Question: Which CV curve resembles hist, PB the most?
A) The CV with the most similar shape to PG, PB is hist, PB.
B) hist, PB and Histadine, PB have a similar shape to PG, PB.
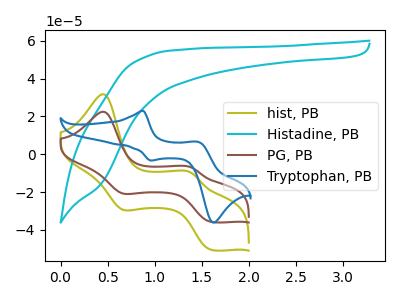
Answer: <think>The olive curve "hist, PB" has anodic peaks at (0.45V, 31.75uA) (1.40V, -9.75uA) and cathodic peaks at (0.65V, -29.20uA) (1.60V, -50.55uA). The cyan curve "Histadine, PB" has no peaks. The brown curve "PG, PB" has anodic peaks at (0.45V, 22.50uA) (1.40V, -6.90uA) and cathodic peaks at (0.65V, -20.65uA) (1.60V, -35.80uA). The blue curve "Tryptophan, PB" has anodic peaks at (0.90V, 22.95uA) (1.45V, 6.50uA) and cathodic peaks at (0.95V, -3.30uA) (1.65V, -36.10uA).
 "hist, PB" and "Histadine, PB" have a different number of peaks. All the peaks in "hist, PB" have a peak in "PG, PB" at the same potential. "hist, PB" and "Tryptophan, PB" have at least one peak that do not match. "Histadine, PB" and "PG, PB" have a different number of peaks. "Histadine, PB" and "Tryptophan, PB" have a different number of peaks. "PG, PB" and "Tryptophan, PB" have at least one peak that do not match.</think>
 <answer>A) The CV with the most similar shape to "PG, PB" is "hist, PB".</answer>
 <eval>A</eval>